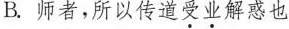
B. 师者，所以传道受业解惑也